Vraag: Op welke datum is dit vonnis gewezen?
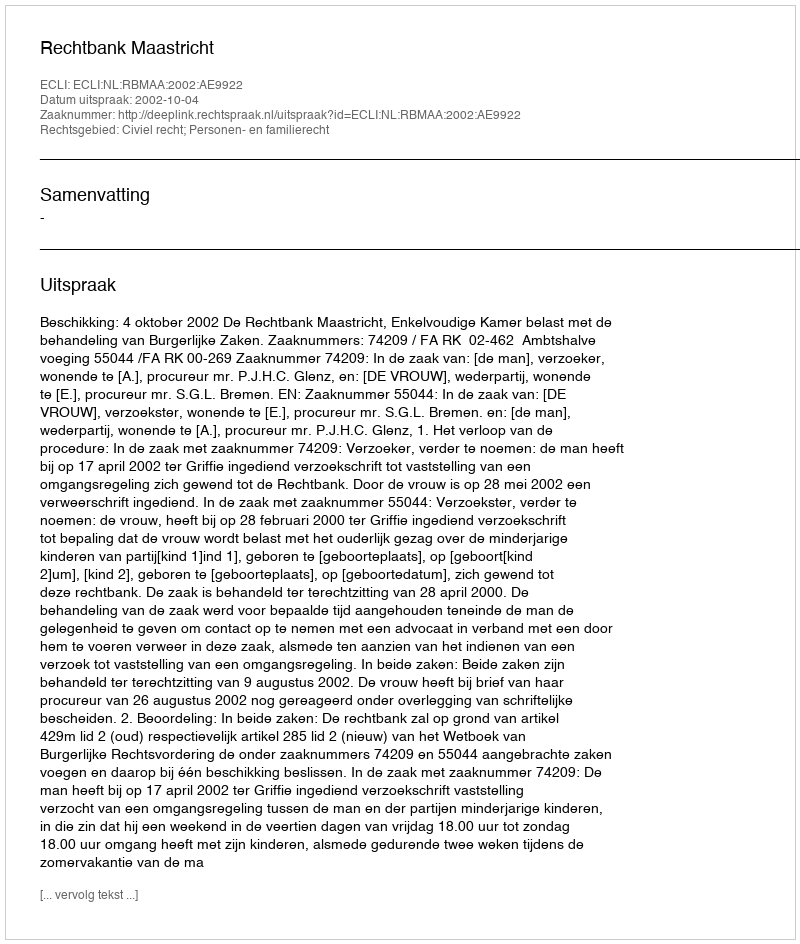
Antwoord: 2002-10-04